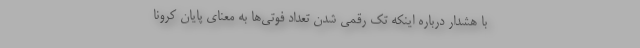
با هشدار درباره اینکه تک رقمی شدن تعداد فوتی‌ها به معنای پایان کرونا